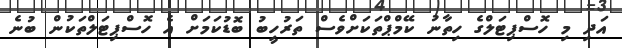
އަދި މި ހޮސްޕިޓަލްގެ ހިތާނު ކޭމްޕްތަކަށްވެސް ތަރުހީބު ބޮޑުކަމަށް އެ ހޮސްޕިޓަލްތަކުން ބުނެ